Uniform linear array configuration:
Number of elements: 32
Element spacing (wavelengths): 0.75
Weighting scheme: blackman
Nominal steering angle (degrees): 30
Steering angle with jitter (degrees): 31.776
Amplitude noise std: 0.05
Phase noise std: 0.05

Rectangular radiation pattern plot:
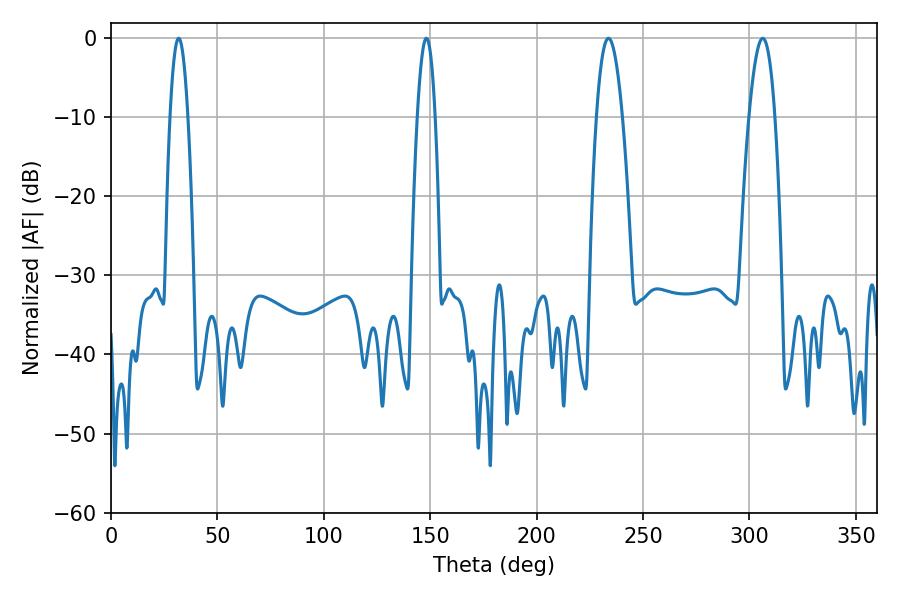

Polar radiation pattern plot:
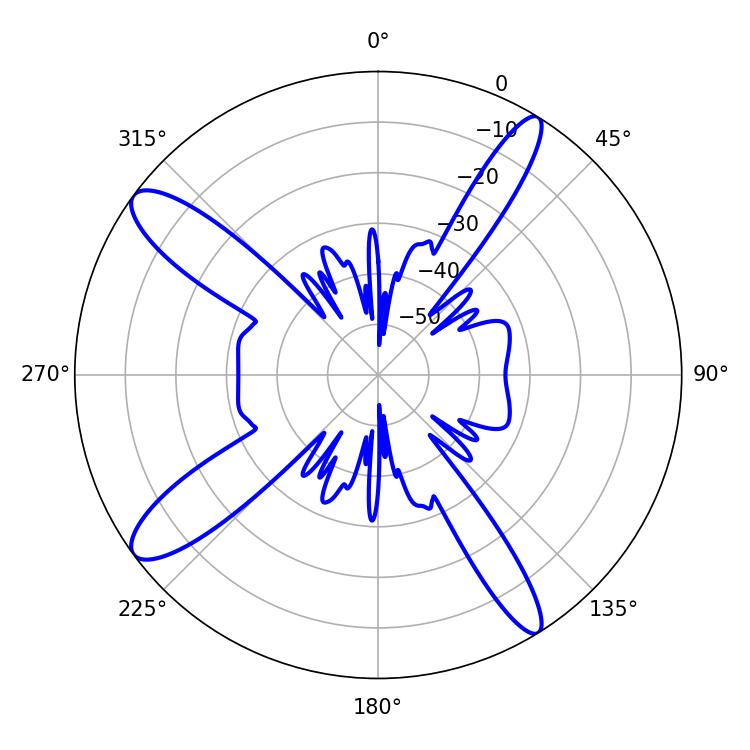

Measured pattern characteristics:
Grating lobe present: TRUE
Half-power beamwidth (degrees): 6.66
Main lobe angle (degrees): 306.18